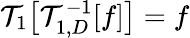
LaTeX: \mathcal{T}_{1}\big[\mathcal{T}_{1,D}^{-1}[f]\big]=f